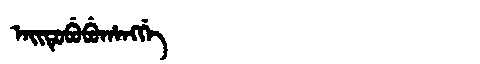
Manchu: ᠠᡳᡨᡠᠪᡠᠪᡠᡥᠠᠩᡤᡝ
Romanization: AITUBUBUHANGGE